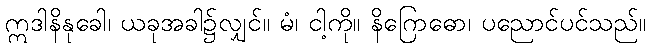
ဣဒါနိနုခေါ၊ ယခုအခါ၌လျှင်။ မံ၊ ငါ့ကို။ နိဂြောဓော၊ ပညောင်ပင်သည်။